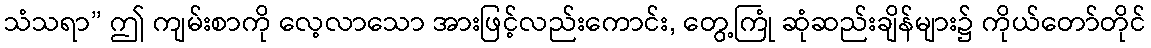
သံသရာ” ဤ ကျမ်းစာကို လေ့လာသော အားဖြင့်လည်းကောင်း, တွေ့ကြုံ ဆုံဆည်းချိန်များ၌ ကိုယ်တော်တိုင်